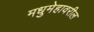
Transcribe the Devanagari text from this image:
मधुमेहावरील